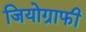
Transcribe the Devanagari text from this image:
जियोग्राफी